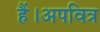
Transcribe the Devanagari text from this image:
हैं।अपवित्र